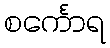
စင်္ကောရ